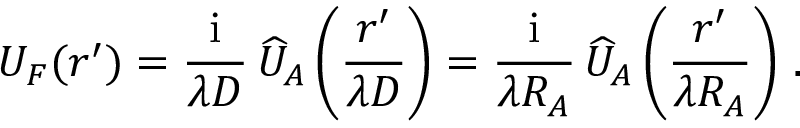
U _ { F } ( \boldsymbol r ^ { \prime } ) = { \frac { \mathrm { i } } { \lambda D } } \, \widehat { U } _ { A } \left( { \frac { \boldsymbol r ^ { \prime } } { \lambda D } } \right) = { \frac { \mathrm { i } } { \lambda R _ { A } } } \, \widehat U _ { A } \left( { \frac { \boldsymbol r ^ { \prime } } { \lambda R _ { A } } } \right) \, .